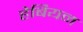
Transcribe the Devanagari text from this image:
हेबियन